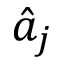
\hat { a } _ { j }